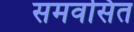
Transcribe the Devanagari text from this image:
समवसित